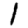
Digit: 1